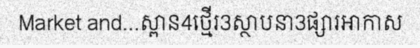
Market and...ស្ពាន4ថ្មើរ3ស្ថាបនា3ផ្សារអាកាស